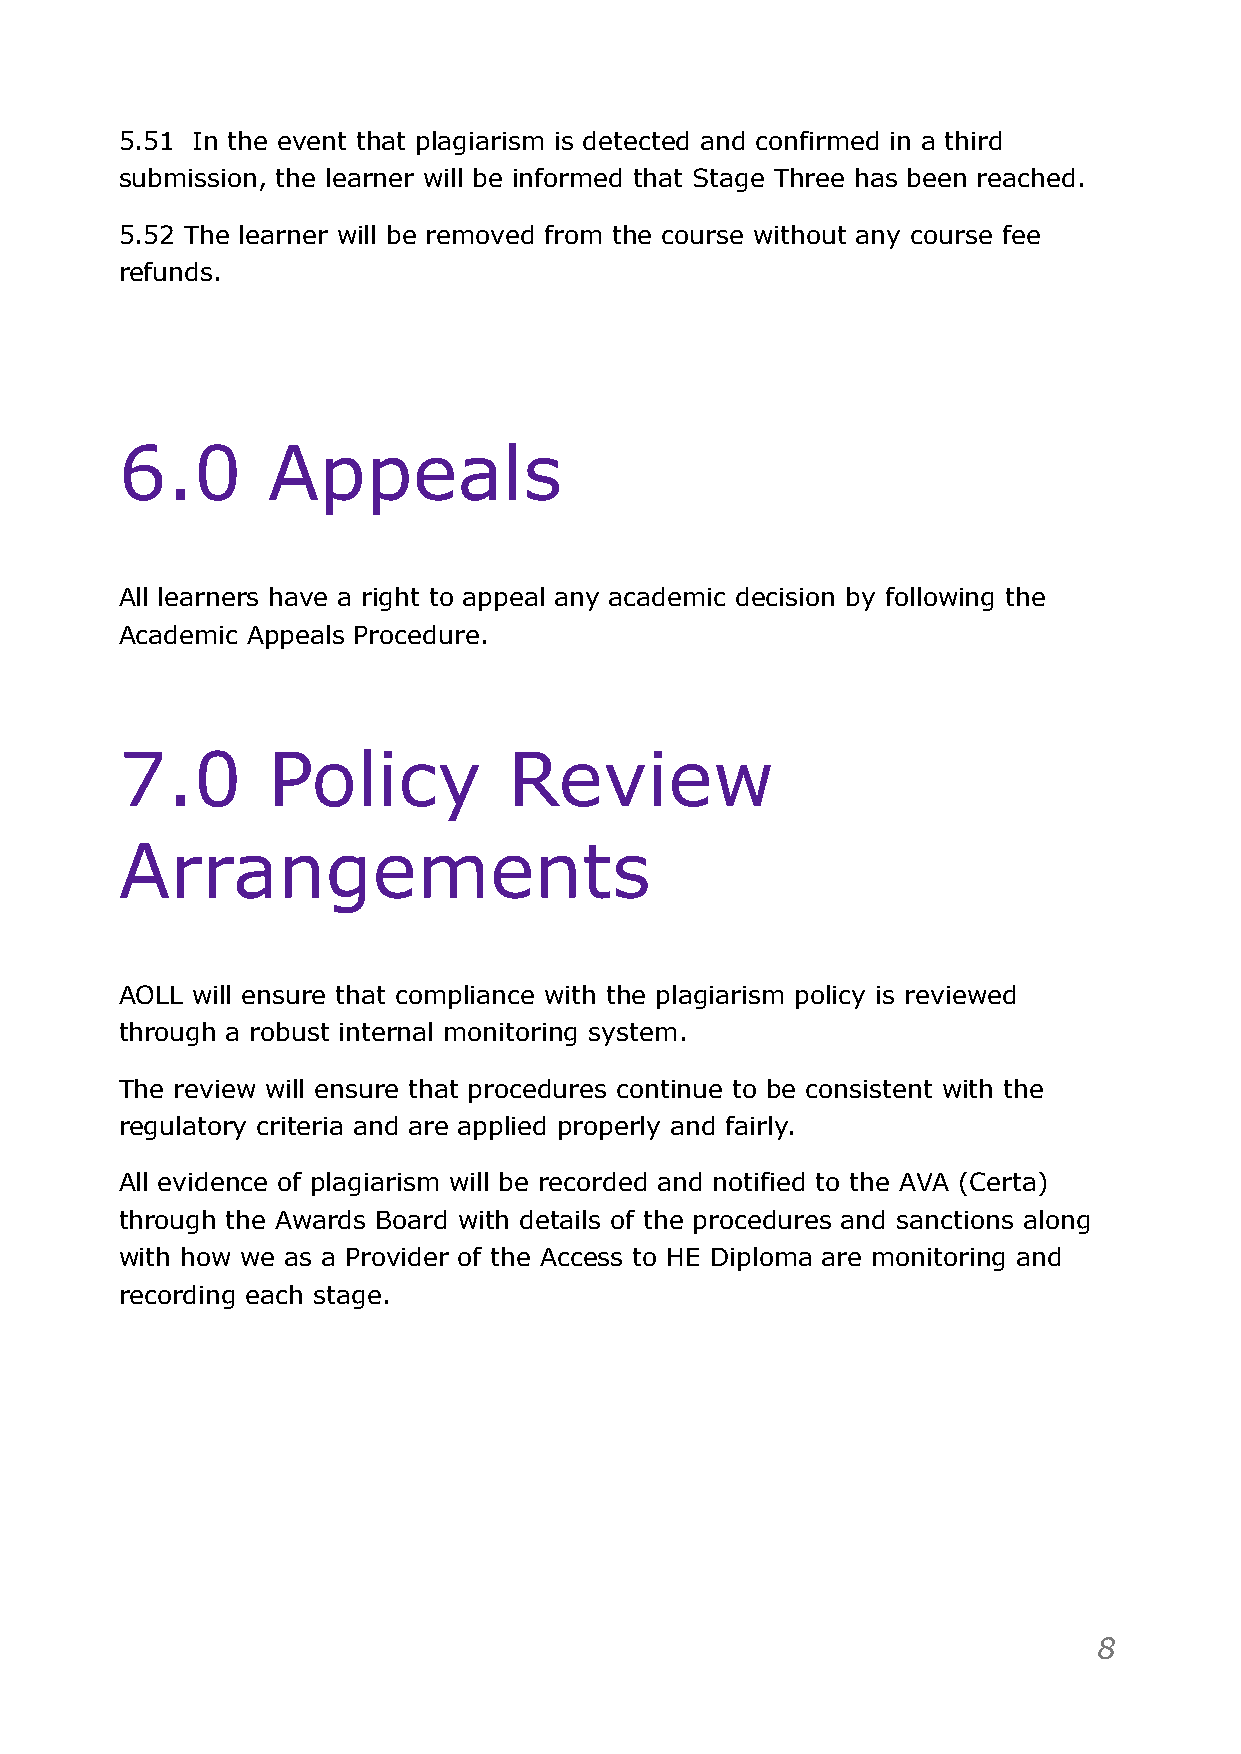
5.51 In the event that plagiarism is detected and confirmed in a third
 submission, the learner will be informed that Stage Three has been reached.
 5.52 The learner will be removed from the course without any course fee
 refunds.
 6.0       Appeals
 All learners have a right to appeal any academic decision by following the
 Academic Appeals Procedure.
 7.0       Policy          Review
 Arrangements
 AOLL will ensure that compliance with the plagiarism policy is reviewed
 through a robust internal monitoring system.
 The review will ensure that procedures continue to be consistent with the
 regulatory criteria and are applied properly and fairly.
 All evidence of plagiarism will be recorded and notified to the AVA (Certa)
 through the Awards Board with details of the procedures and sanctions along
 with how we as a Provider of the Access to HE Diploma are monitoring and
 recording each stage.
 !8